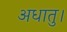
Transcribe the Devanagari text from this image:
अधातु।